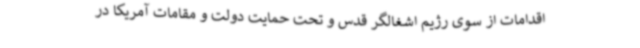
اقدامات از سوی رژیم اشغالگر قدس و تحت حمایت دولت و مقامات آمریکا در